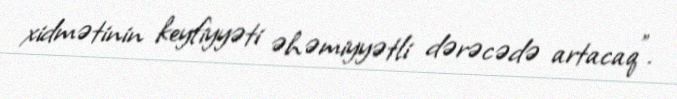
xidmətinin keyfiyyəti əhəmiyyətli dərəcədə artacaq”.